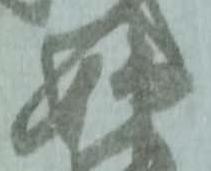
嫌